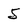
Character: 5